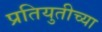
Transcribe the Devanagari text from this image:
प्रतियुतीच्या